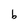
Character: b